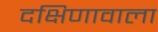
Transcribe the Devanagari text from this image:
दक्षिणावाला